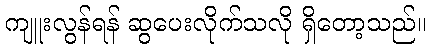
ကျူးလွန်ရန် ဆွပေးလိုက်သလို ရှိတော့သည်။